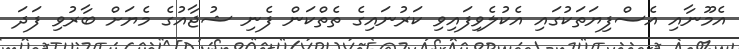
އެމޫނާއި އެސްފިޔަތަކުގައި އެކުލެވިފައިވި ކަރުނައިގެ ތެތްކަން ފެނި ޝުޖާއުގެ މެޔަށް ބާރުވި ފަދަ